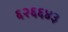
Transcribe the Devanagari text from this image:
६२६६४३